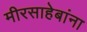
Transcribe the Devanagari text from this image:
मीरसाहेबांना